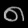
Digit: ၈